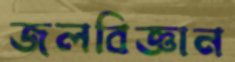
জলবিজ্ঞান